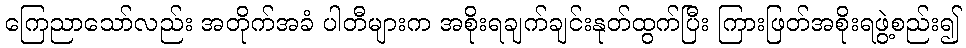
ကြေညာသော်လည်း အတိုက်အခံ ပါတီများက အစိုးရချက်ချင်းနုတ်ထွက်ပြီး ကြားဖြတ်အစိုးရဖွဲ့စည်း၍